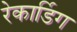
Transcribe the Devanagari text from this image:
रेकार्डिग